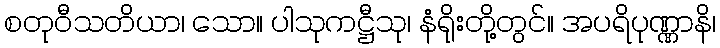
စတုဝီသတိယာ၊ သော။ ပါသုကဋ္ဌီသု၊ နံရိုးတို့တွင်။ အပရိပုဏ္ဏာနိ၊